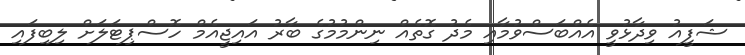
ޝަފީއު ވިދާޅުވީ އެއްބަސްވުމާއި މެދު ގޮތެއް ނިންމުމުގެ ބާރު އައިޖީއެމް ހޮސްޕިޓަލަށް ލިބިފައި